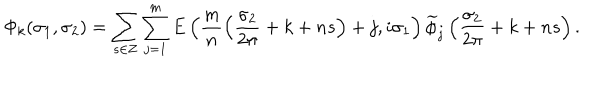
\Phi _ { k } ( \sigma _ { 1 } , \sigma _ { 2 } ) = \sum _ { s \in { \bf Z } } \sum _ { j = 1 } ^ { m } E \left( \frac { m } { n } \left( \frac { \sigma _ { 2 } } { 2 \pi } + k + n s \right) + j , i \sigma _ { 1 } \right) \widetilde { \phi } _ { j } \left( \frac { \sigma _ { 2 } } { 2 \pi } + k + n s \right) .